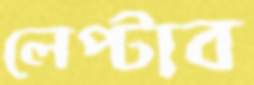
লেপ্‌টাব